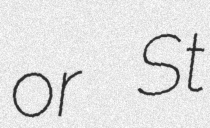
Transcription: or St